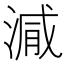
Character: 𣺁